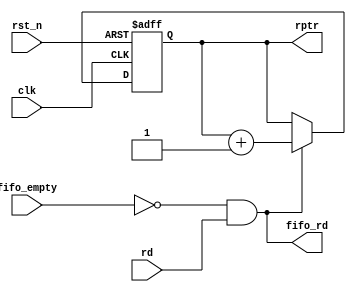
// Verilog code for Read Pointer sub-module 
`timescale 1 ns/100 ps
 module read_pointer(rptr,fifo_rd,rd,fifo_empty,clk,rst_n);  
  input rd,fifo_empty,clk,rst_n;  
  output[4:0] rptr;  
  output fifo_rd;  
  reg[4:0] rptr;  
  assign fifo_rd = (~fifo_empty)& rd;  
  always @(posedge clk or negedge rst_n)  
  begin  
   if(~rst_n) rptr <= 5'b00000;  
   else if(fifo_rd)  
    rptr <= rptr + 5'b00001;  
   else  
    rptr <= rptr;  
  end  
 endmodule